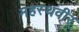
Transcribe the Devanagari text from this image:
महस्थवीर